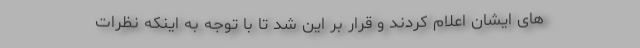
های ایشان اعلام کردند و قرار بر این شد تا با توجه به اینکه نظرات